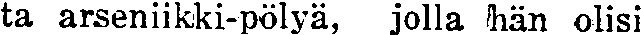
ta arseniikki-pölyä, jolla hän olisi